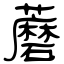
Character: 蘑